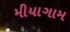
મીયાગામ